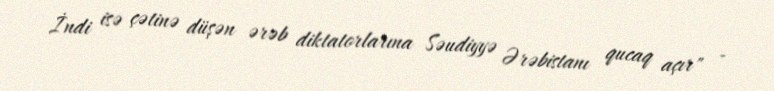
İndi isə çətinə düşən ərəb diktatorlarına Səudiyyə Ərəbistanı qucaq açır" -